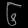
Digit: ၆